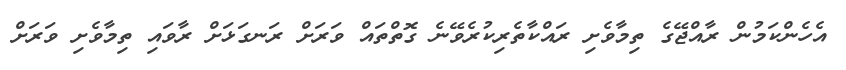
އެހެންކަމުން ރާއްޖޭގެ ތިމާވެށި ރައްކާތެރިކުރެވޭނެ ގޮތްތައް ވަރަށް ރަނގަޅަށް ރާވައި ތިމާވެށި ވަރަށް